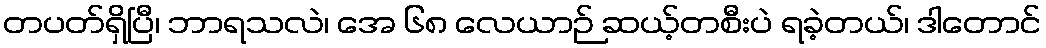
တပတ်ရှိပြီ၊ ဘာရသလဲ၊ အေ ၆၈ လေယာဉ် ဆယ့်တစီးပဲ ရခဲ့တယ်၊ ဒါတောင်